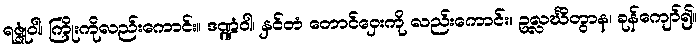
ရဇ္ဇုံဝါ၊ ကြိုးကိုလည်းကောင်း။ ဒဏ္ဍံဝါ၊ နှင်တံ တောင်ဝှေးကို လည်းကောင်း။ ဥလ္လင်္ဃိတွာန၊ ခုန်ကျော်၍။